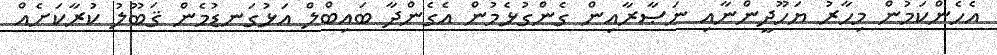
އެހެންކަމުން މިހާރު ޔަހޫދީންނާއި ނަޞާރާއިން ގެންގުޅެމުން އެގެންދާ ބައިބްލް އަޅުގަނޑުމެން ޤަބޫލު ކުރާކަށެއް